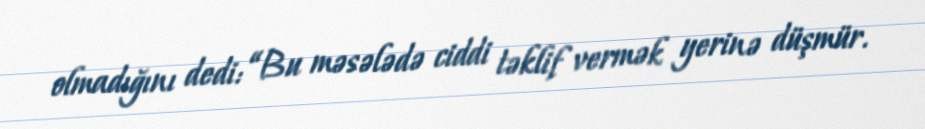
olmadığını dedi: “Bu məsələdə ciddi təklif vermək yerinə düşmür.